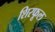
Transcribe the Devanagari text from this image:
शिरफूल